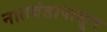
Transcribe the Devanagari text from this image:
नातवंडापासून